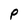
Character: P